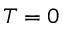
T = 0